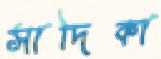
সাদিকা